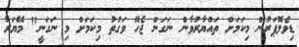
ޑިވެލޮޕަރުން މިކަމަށް ތައްޔާރުވާން ނަގަން ޖެހޭ ވަގުތު މިކަމަށް މި ނަގަނީ" މޭޔަރު